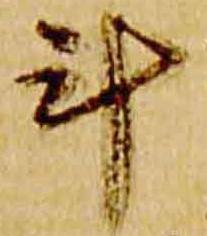
斗